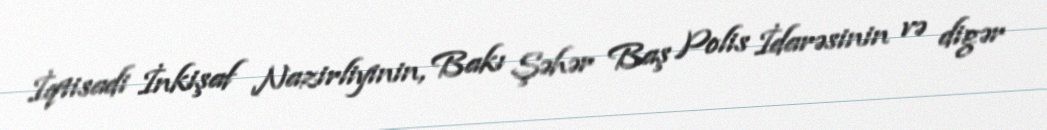
İqtisadi İnkişaf Nazirliyinin, Bakı Şəhər Baş Polis İdarəsinin və digər